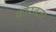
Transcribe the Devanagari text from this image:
फीरवला